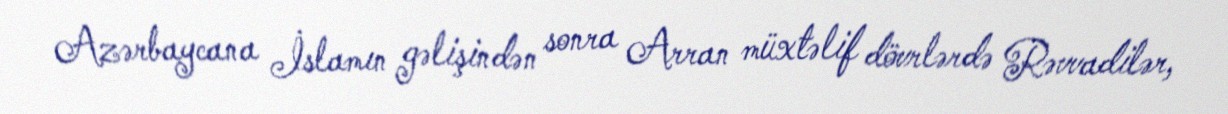
Azərbaycana İslamın gəlişindən sonra Arran müxtəlif dövrlərdə Rəvvadilər,